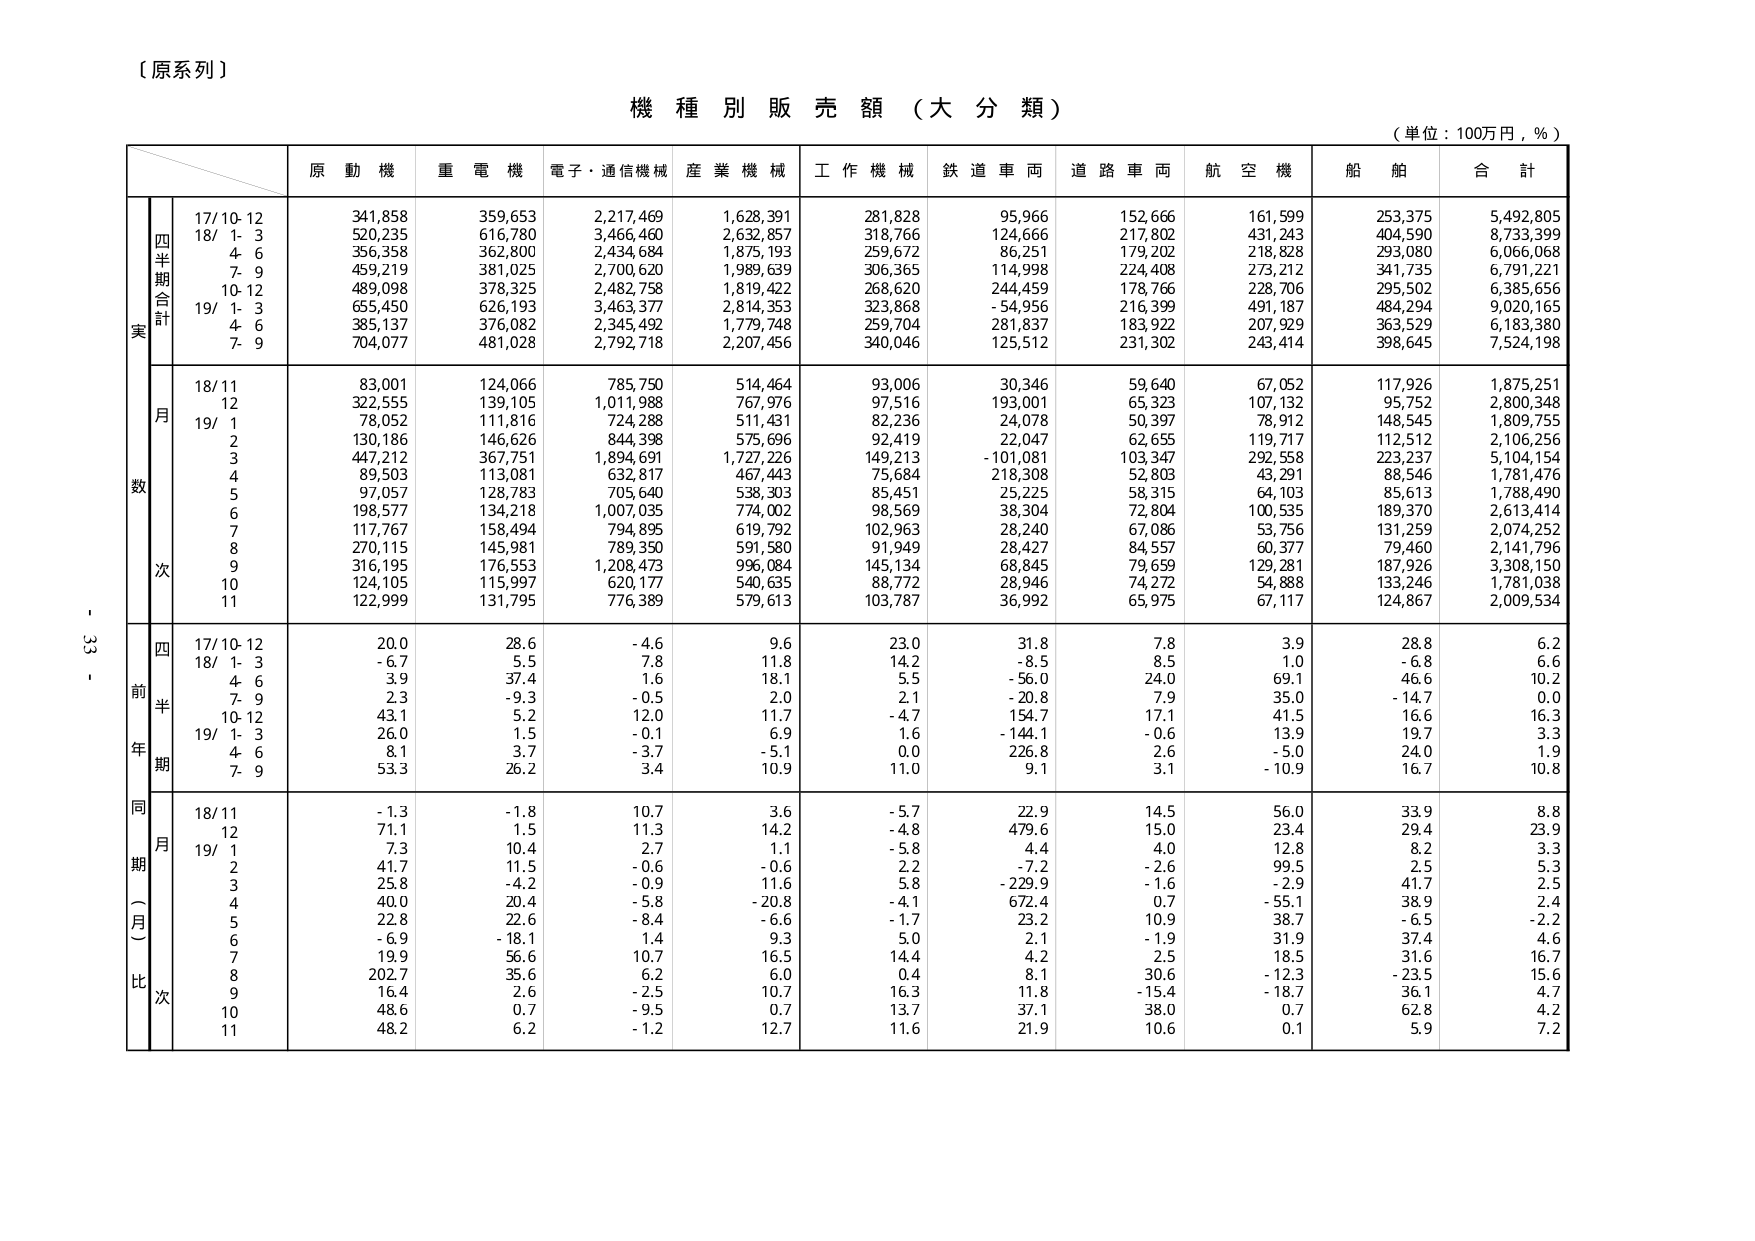
【原系列】

機種別販売額（大分類）

（単位：100万円，％）

　　　　　　　原動機　　重電機　　電子・通信機械　　産業機械　　工作機械　　鉄道車両　　道路車両　　航空機　　船舶　　合計

　　　　　　　　四半期合計
実　　　　　　17/10-12　　341,858　　359,653　　2,217,469　　1,628,391　　281,828　　95,966　　152,666　　161,599　　253,375　　5,492,805
　　　　　　　　18/ 1- 3　　520,235　　616,780　　3,466,460　　2,632,857　　318,766　　124,666　　217,802　　431,243　　404,590　　8,733,399
　　　　　　　　　4- 6　　356,358　　362,800　　2,434,684　　1,875,193　　259,672　　86,251　　179,202　　218,828　　293,080　　6,066,068
　　　　　　　　　7- 9　　459,219　　381,025　　2,700,620　　1,989,639　　306,365　　114,998　　224,408　　273,212　　341,735　　6,791,221
　　　　　　　　10-12　　489,098　　378,325　　2,482,758　　1,819,422　　268,620　　244,459　　178,766　　228,706　　295,502　　6,385,656
　　　　　　　　19/ 1- 3　　655,450　　626,193　　3,463,377　　2,814,353　　323,868　　-54,956　　216,399　　491,187　　484,294　　9,020,165
　　　　　　　　　4- 6　　385,137　　376,082　　2,345,492　　1,779,748　　259,704　　281,837　　183,922　　207,929　　363,529　　6,183,380
　　　　　　　　　7- 9　　704,077　　481,028　　2,792,718　　2,207,456　　340,046　　125,512　　231,302　　243,414　　398,645　　7,524,198

　　　　　　　　月
数　　　　　　18/11　　83,001　　124,066　　785,750　　514,464　　93,006　　30,346　　59,640　　67,052　　117,926　　1,875,251
　　　　　　　　12　　322,555　　139,105　　1,011,988　　767,976　　97,516　　193,001　　65,323　　107,132　　95,752　　2,800,348
　　　　　　　　19/ 1　　78,052　　111,816　　724,288　　511,431　　82,236　　24,078　　50,397　　78,912　　148,545　　1,809,755
　　　　　　　　　2　　130,186　　146,626　　844,398　　575,696　　92,419　　22,047　　62,655　　119,717　　112,512　　2,106,256
　　　　　　　　　3　　447,212　　367,751　　1,894,691　　1,727,226　　149,213　　-101,081　　103,347　　292,558　　223,237　　5,104,154
　　　　　　　　　4　　89,503　　113,081　　632,817　　467,443　　75,684　　218,308　　52,803　　43,291　　88,546　　1,781,476
　　　　　　　　　5　　97,057　　128,783　　705,640　　538,303　　85,451　　25,225　　58,315　　64,103　　85,613　　1,788,490
　　　　　　　　　6　　198,577　　134,218　　1,007,035　　774,002　　98,569　　38,304　　72,804　　100,535　　189,370　　2,613,414
　　　　　　　　　7　　117,767　　158,494　　794,895　　619,792　　102,963　　28,240　　67,086　　53,756　　131,259　　2,074,252
　　　　　　　　　8　　270,115　　145,981　　789,350　　591,580　　91,949　　28,427　　84,557　　60,377　　79,460　　2,141,796
　　　　　　　　　9　　316,195　　176,553　　1,208,473　　996,084　　145,134　　68,845　　79,659　　129,281　　187,926　　3,308,150
　　　　　　　　　10　　124,105　　115,997　　620,177　　540,635　　88,772　　28,946　　74,272　　54,888　　133,246　　1,781,038
　　　　　　　　　11　　122,999　　131,795　　776,389　　579,613　　103,787　　36,992　　65,975　　67,117　　124,867　　2,009,534

　　　　　　　　四
前　　　　　　17/10-12　　20.0　　28.6　　-4.6　　9.6　　23.0　　31.8　　7.8　　3.9　　28.8　　6.2
半　　　　　　18/ 1- 3　　-6.7　　5.5　　7.8　　11.8　　14.2　　-8.5　　8.5　　1.0　　-6.8　　6.6
年　　　　　　　4- 6　　3.9　　37.4　　1.6　　18.1　　5.5　　-56.0　　24.0　　69.1　　46.6　　10.2
期　　　　　　　7- 9　　2.3　　-9.3　　-0.5　　2.0　　2.1　　-20.8　　7.9　　35.0　　-14.7　　0.0
　　　　　　　　10-12　　43.1　　5.2　　12.0　　11.7　　-4.7　　154.7　　17.1　　41.5　　16.6　　16.3
　　　　　　　　19/ 1- 3　　26.0　　1.5　　-0.1　　6.9　　1.6　　-144.1　　-0.6　　13.9　　19.7　　3.3
　　　　　　　　　4- 6　　8.1　　3.7　　-3.7　　-5.1　　0.0　　226.8　　2.6　　-5.0　　24.0　　1.9
　　　　　　　　　7- 9　　53.3　　26.2　　3.4　　10.9　　11.0　　9.1　　3.1　　-10.9　　16.7　　10.8

　　　　　　　　同
　　　　　　　　月
期　　　　　　18/11　　-1.3　　-1.8　　10.7　　3.6　　-5.7　　22.9　　14.5　　56.0　　33.9　　8.8
（一月）　　　　12　　71.1　　1.5　　11.3　　14.2　　-4.8　　479.6　　15.0　　23.4　　29.4　　23.9
比　　　　　　19/ 1　　7.3　　10.4　　2.7　　1.1　　-5.8　　4.4　　4.0　　12.8　　8.2　　3.3
　　　　　　　　　2　　41.7　　11.5　　-0.6　　-0.6　　2.2　　-7.2　　-2.6　　99.5　　2.5　　5.3
　　　　　　　　　3　　25.8　　-4.2　　-0.9　　11.6　　5.8　　-229.9　　-1.6　　-2.9　　41.7　　2.5
　　　　　　　　　4　　40.0　　20.4　　-5.8　　-20.8　　-4.1　　672.4　　0.7　　-55.1　　38.9　　2.4
　　　　　　　　　5　　22.8　　22.6　　-8.4　　-6.6　　-1.7　　23.2　　10.9　　38.7　　-6.5　　-2.2
　　　　　　　　　6　　-6.9　　-18.1　　1.4　　9.3　　5.0　　2.1　　-1.9　　31.9　　37.4　　4.6
　　　　　　　　　7　　19.9　　56.6　　10.7　　16.5　　14.4　　4.2　　2.5　　18.5　　31.6　　16.7
　　　　　　　　　8　　202.7　　35.6　　6.2　　6.0　　0.4　　8.1　　30.6　　-12.3　　-23.5　　15.6
　　　　　　　　　9　　16.4　　2.6　　-2.5　　10.7　　16.3　　11.8　　-15.4　　-18.7　　36.1　　4.7
　　　　　　　　　10　　48.6　　0.7　　-9.5　　0.7　　13.7　　37.1　　38.0　　0.7　　62.8　　4.2
　　　　　　　　　11　　48.2　　6.2　　-1.2　　12.7　　11.6　　21.9　　10.6　　0.1　　5.9　　7.2

- 33 -